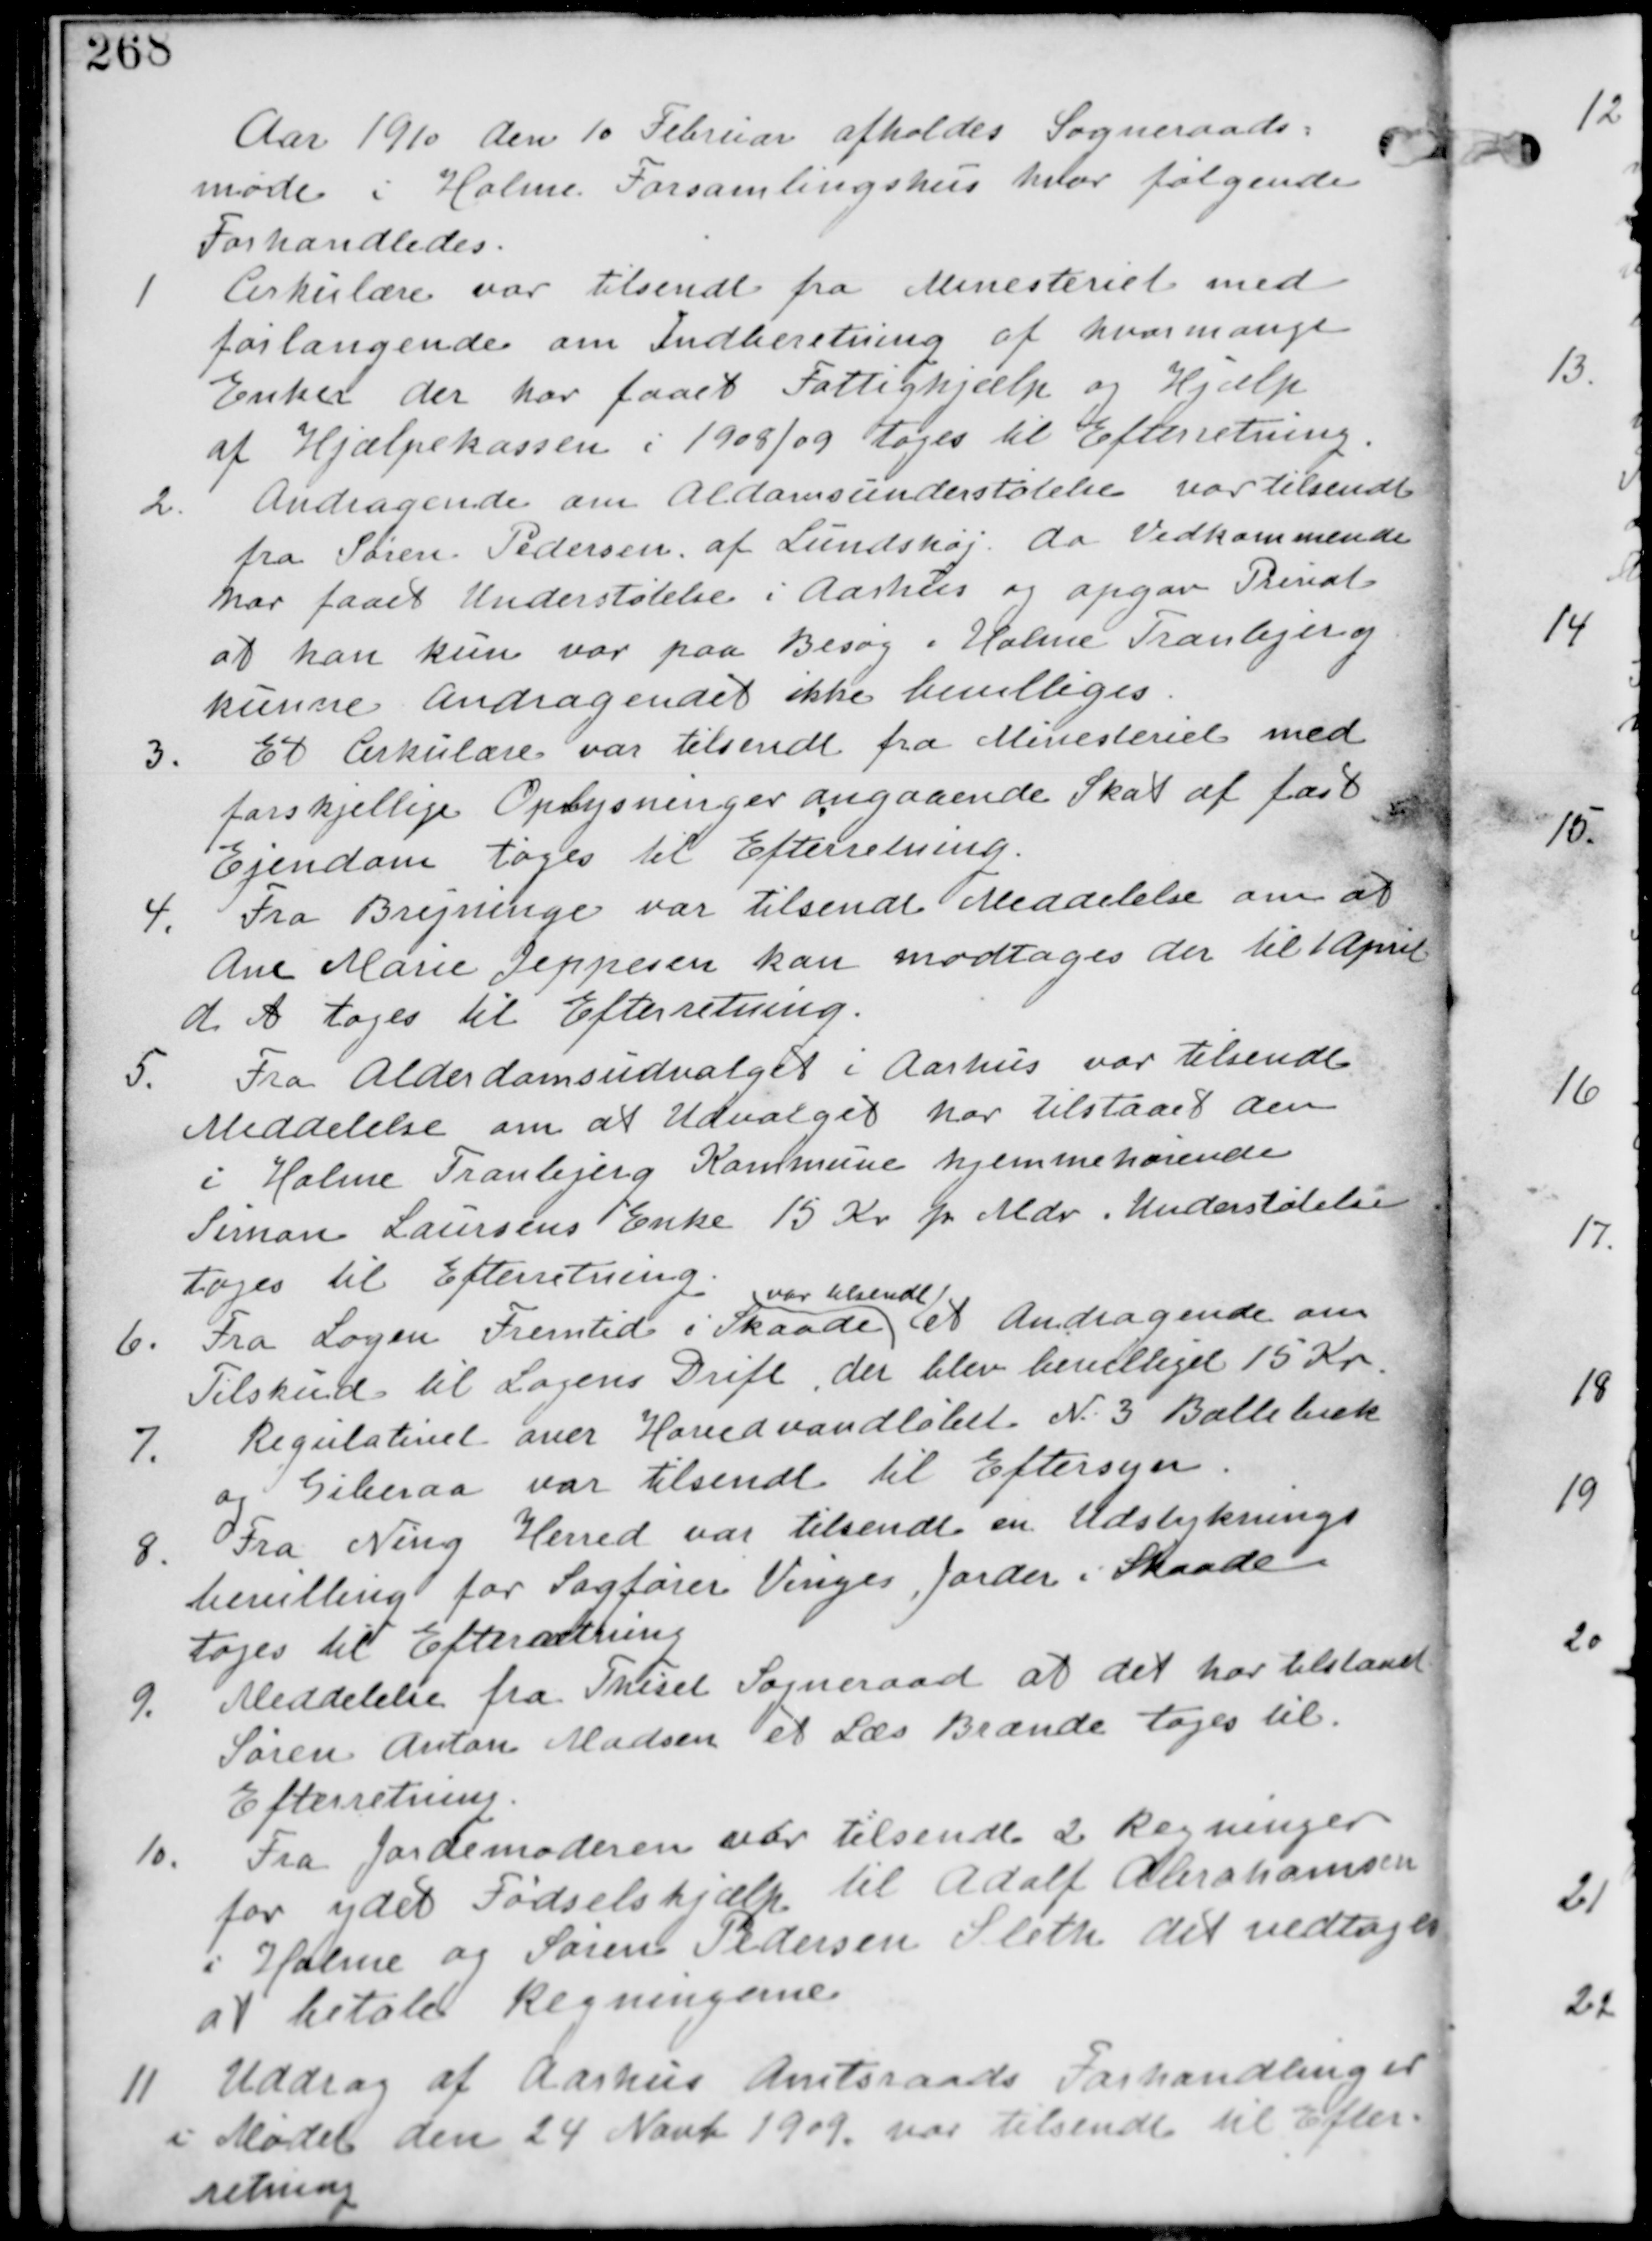
Transskription:
Aar 1910 den 10 Februar afholdes Sogneraads-
møde i Holme Forsamlingshus hvor følgende
Forhandledes

1. Cirkulære var tilsendt fra Ministeriet med
forlangende om Indberetning af hvormange
Enker der har faaet Fattighjælp og Hjælp
af hjælpekassen i 1908/09 tages til Efterretning

2. Andragende om Alderdomsunderstøttelse var tilsendt
fra Søren Pedersen af Lundshøj. da vedkommende
har faaet Understøttelse i Aarhus og opgav Privat
at han kun var paa Besøg i Holme Tranbjerg
kunne Andragenet ikke Bevilliges.

3. Et Cirkulære var tilsendt fra Ministeriet med
forskjellige Oplysninger angaaende Skat af fast
Ejendom tages til Efterretning

4. Fra Brejninge var tilsendt Meddelelse om at
Ane Marie Jeppesen kan modtages der til 1 April
d. A. tages til Efterretning

5. Fra Alderdomsudvalget i Aarhus var tilsendt
Meddelelse om at Udvalget har tilstaaet den
i Holme Tranbjerg Kommune hjemmehørende
Simon Laursens Enke 15 Kr p Mdr i Understøttelse
tages til Efterretning.

6. Fra Logen Fremtid i Skaade
var tilsendt
et Andragende om
Tilskud til Logens Drift, der blev bevilliget 15 Kr.

7. Regulativet over Hovedvandløbet N. 3 Balle Bæk
og Giberaa var tilsendt til Eftersyn.

8. Fra Ning Herred var tilsendt en Udstyknings
bevilling for Sagfører Vinges Jorder i Skaade
tages til Efterretning

9. Meddelelse fra Thiset Sogneraad at der har tilstaaet
Søren Anton Madsen et Læs Brænde tages til
Efterretning

10. Fra Jordemoderen var tilsendt 2 Regninger
for ydet Fødselshjælp til Adolf Abrahamsen
i Holme og Søren Pedersen Sleth det vedtages
at betale Regningerne

11. Uddrag af Aarhus Amtsraads Forhandlinger
i Mødet den 24 Novb 1909 var tilsendt til Efter-
retning.